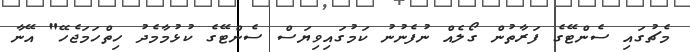
މެޗުގައި ސެންޓޭގެ ފަރާތުން ގޯލެއް ނުފެނުނު ކަމުގައިވިޔަސް ސެންޓޭގެ ކުޅުމާމެދު ހިތްހަމަޖެހޭ" އޭނާ